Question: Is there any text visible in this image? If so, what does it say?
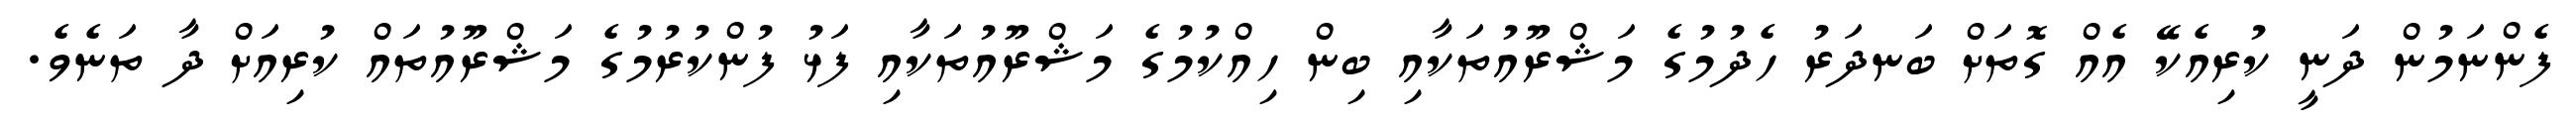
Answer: ފެންނަމުން ދަނީ ކުރިއެކޭ އެއް ގޮތަށް ބަނދަރު ހެދުމުގެ މަޝްރޫއުތަކާއި ބިން ހިއްކުމުގެ މަޝްރޫއުތަކާއި ފަޅު ފުންކުރުމުގެ މަޝްރޫއުތައް ކުރިއަށް ދާ ތަނެވެ.